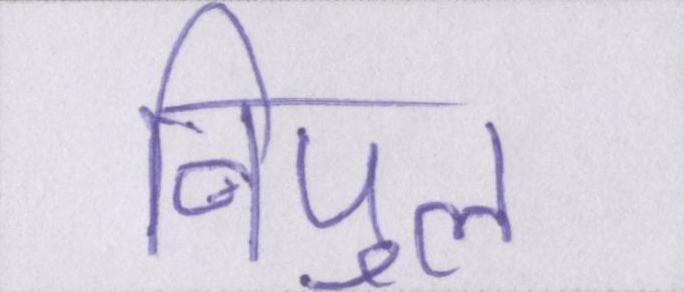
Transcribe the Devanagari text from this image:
विपुल